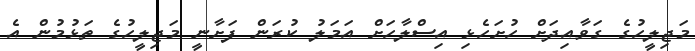
މަޖިލީހުގެ ގަވާއިދަށް ހުށަހެޅި އިސްލާހަށް އަމަލު ކުރަން ފަށާނީ މަޖިލީހުގެ ތަޅުމުން އެ